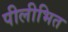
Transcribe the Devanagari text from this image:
पीलीभित